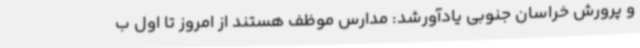
و پرورش خراسان جنوبی یادآورشد: مدارس موظف هستند از امروز تا اول ب